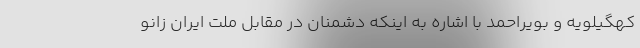
کهگیلویه و بویراحمد با اشاره به اینکه دشمنان در مقابل ملت ایران زانو